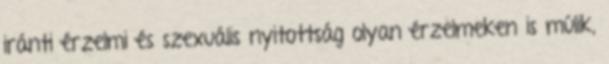
iránti érzelmi és szexuális nyitottság olyan érzelmeken is múlik,